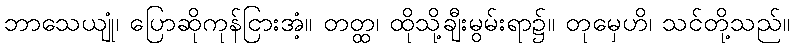
ဘာသေယျုံ၊ ပြောဆိုကုန်ငြားအံ့။ တတ္ထ၊ ထိုသို့ချီးမွမ်းရာ၌။ တုမှေဟိ၊ သင်တို့သည်။